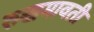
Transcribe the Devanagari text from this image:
रुखमावती